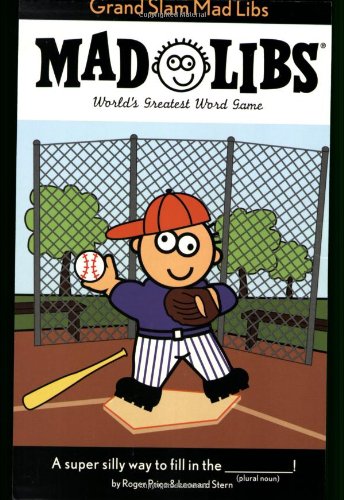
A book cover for Grand Slam Mad Libs; Roger Price; Children's Books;